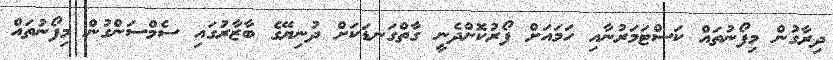
ދިރާގުން މިފޯނުތައް ކަސްޓަމަރުނާއި ހަމައަށް ފޯރުކޮށްދެނީ ގާތްގަނޑަކަށް ދުނިޔޭގެ ބާޒާރުގައި ސެމްސަންގުން މިފޯނުތައް